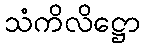
သံကိလိဋ္ဌော